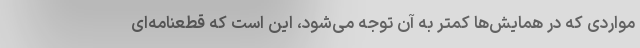
مواردی که در همایش‌ها کمتر به آن توجه می‌شود، این است که قطعنامه‌ای